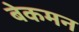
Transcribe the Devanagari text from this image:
बेकमन